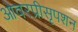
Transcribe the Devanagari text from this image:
ओवरप्रीसृपशन